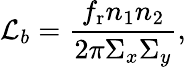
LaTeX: {\mathcal L}_{b}=\frac{f_{\mathrm r}n_{1}n_{2}}{{2\pi\Sigma_{x}\Sigma_{y}}},